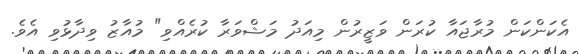
އެކަންކަން މުރާޖައާ ކުރަން ވަޒީރުން މިއަދު މަޝްވަރާ ކުރެއްވި" މުއާޒު ވިދާޅުވި އެވެ.